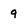
Character: 9